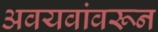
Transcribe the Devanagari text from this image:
अवयवांवरून